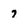
Character: 7